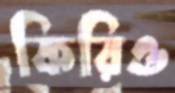
কিরিও